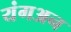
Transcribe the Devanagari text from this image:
यंगअन